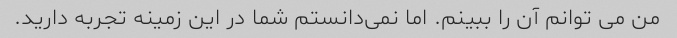
من می توانم آن را ببینم. اما نمی‌دانستم شما در این زمینه تجربه دارید.